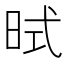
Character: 𪰜